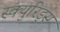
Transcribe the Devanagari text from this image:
स्क्युरिड्स